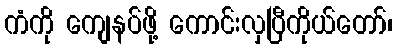
ကံကို ကျေနပ်ဖို့ ကောင်းလှပြီကိုယ်တော်၊